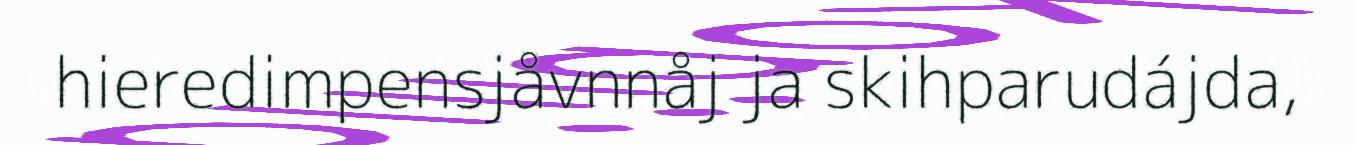
hieredimpensjåvnnåj ja skihparudájda,